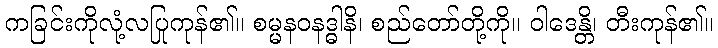
ကခြင်းကိုလုံ့လပြုကုန်၏။ စမ္မနဝနဒ္ဓါနိ၊ စည်တော်တို့ကို။ ဝါဒေန္တိ၊ တီးကုန်၏။